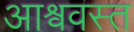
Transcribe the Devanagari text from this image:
आश्ववस्त